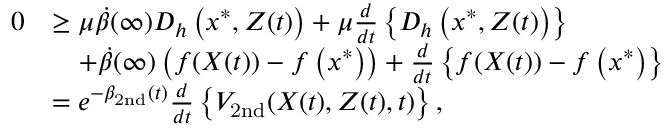
\begin{array} { r l } { 0 } & { \geq \mu \dot { \beta } ( \infty ) D _ { h } \left( x ^ { * } , Z ( t ) \right) + \mu \frac { d } { d t } \left\{ D _ { h } \left( x ^ { * } , Z ( t ) \right) \right\} } \\ & { \quad + \dot { \beta } ( \infty ) \left( f ( X ( t ) ) - f \left( x ^ { * } \right) \right) + \frac { d } { d t } \left\{ f ( X ( t ) ) - f \left( x ^ { * } \right) \right\} } \\ & { = e ^ { - { \beta } _ { \mathrm { 2 n d } } ( t ) } \frac { d } { d t } \left\{ { V } _ { \mathrm { 2 n d } } ( X ( t ) , Z ( t ) , t ) \right\} , } \end{array}